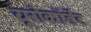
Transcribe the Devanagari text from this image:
यूरोकॉर्डेट